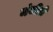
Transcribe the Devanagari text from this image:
मंजीलें